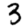
Digit: 3